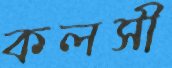
কলসী